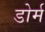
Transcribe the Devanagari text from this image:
डोर्म